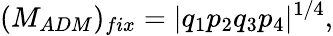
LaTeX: (M_{ADM})_{fix}=|q_{1}p_{2}q_{3}p_{4}|^{1/4},